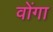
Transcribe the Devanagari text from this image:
वोंगा